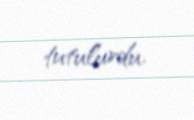
tutulurdu.